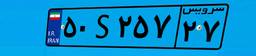
۵۰S۲۵۷۲۷